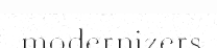
modernizers